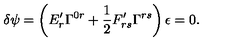
\delta \psi = \left( E _ { r } ^ { \prime } \Gamma ^ { 0 r } + \frac { 1 } { 2 } F _ { r s } ^ { \prime } \Gamma ^ { r s } \right) \epsilon = 0 .